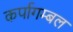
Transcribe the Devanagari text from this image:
कर्पागम्बल